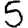
Digit: 5